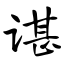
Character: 谌